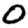
Digit: 0